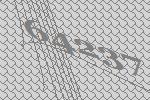
64237